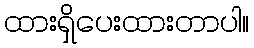
ထားရှိပေးထားတာပါ။